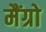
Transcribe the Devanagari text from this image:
मैंग्रो